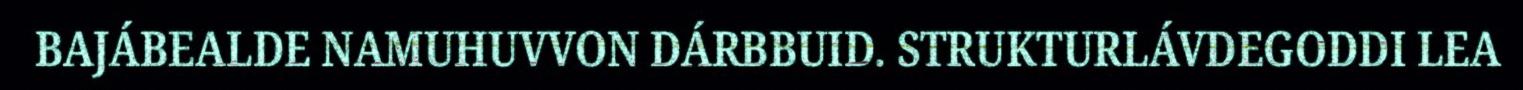
BAJÁBEALDE NAMUHUVVON DÁRBBUID. STRUKTURLÁVDEGODDI LEA